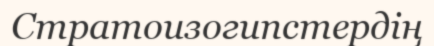
Стратоизогипстердің